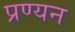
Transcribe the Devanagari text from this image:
प्रण्यन